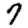
Digit: 7